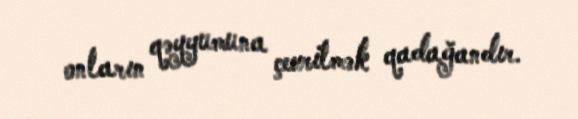
onların qəyyumuna çevrilmək qadağandır.